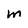
Character: M